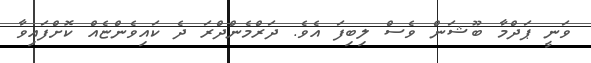
ވަނީ ޕަދްމާ ބޫޝަން ވެސް ލިބިފަ އެވެ. ދަރްމެންދްރަ ދެ ކައިވެންޏެއް ކޮށްފައިވާ